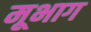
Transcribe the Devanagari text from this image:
मूभाग